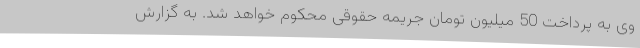
وی به پرداخت 50 میلیون تومان جریمه حقوقی محکوم خواهد شد. به گزارش